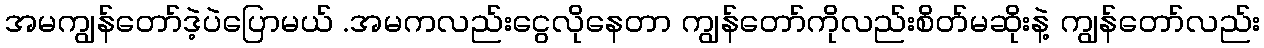
အမကျွန်တော်ဒဲ့ပဲပြောမယ် .အမကလည်းငွေလိုနေတာ ကျွန်တော်ကိုလည်းစိတ်မဆိုးနဲ့ ကျွန်တော်လည်း